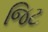
જિટ